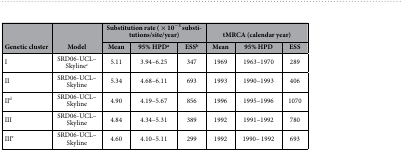
<table><thead><tr><td rowspan="2"><b>Genetic cluster</b></td><td rowspan="2"><b>Model</b></td><td colspan="3"><b>Substitution rate ( × 10<sup>−3</sup> substitutions/site/year)</b></td><td colspan="3"><b>tMRCA (calendar year)</b></td></tr><tr><td><b>Mean</b></td><td><b>95% HPDa</b></td><td><b>ESSb</b></td><td><b>Mean</b></td><td><b>95% HPD</b></td><td><b>ESS</b></td></tr></thead><tbody><tr><td>I</td><td>SRD06-UCL–Skylinec</td><td>5.11</td><td>3.94–6.25</td><td>347</td><td>1969</td><td>1963–1970</td><td>289</td></tr><tr><td>II</td><td>SRD06-UCL–Skyline</td><td>5.34</td><td>4.68–6.11</td><td>693</td><td>1993</td><td>1990–1993</td><td>406</td></tr><tr><td>IId</td><td>SRD06-UCL–Skyline</td><td>4.90</td><td>4.19–5.67</td><td>856</td><td>1996</td><td>1995–1996</td><td>1070</td></tr><tr><td>III</td><td>SRD06-UCL–Skyline</td><td>4.84</td><td>4.34–5.31</td><td>389</td><td>1992</td><td>1991–1992</td><td>780</td></tr><tr><td>IIIe</td><td>SRD06-UCL–Skyline</td><td>4.60</td><td>4.10–5.11</td><td>299</td><td>1992</td><td>1990– 1992</td><td>693</td></tr></tbody></table>